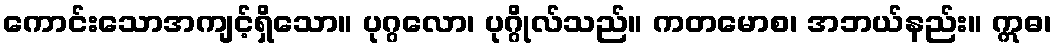
ကောင်းသောအကျင့်ရှိသော။ ပုဂ္ဂလော၊ ပုဂ္ဂိုလ်သည်။ ကတမောစ၊ အဘယ်နည်း။ ဣဓ၊